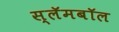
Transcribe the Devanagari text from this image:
स्लॅमबॉल